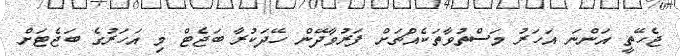
ޖެހޭތީ އަންނަ އަހަރު މަސްތުވާތަކެއްޗަށް ފަރުވާދޭން ހޭދަކުރާ ބަޖެޓް މި އަހަރުގެ ބަޖެޓަށް